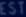
ESTE